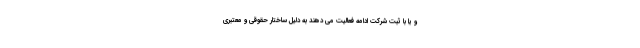
و یا با ثبت شرکت ادامه فعالیت می دهند به دلیل ساختار حقوقی و معتبری